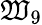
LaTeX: \mathfrak{W}_{9}